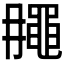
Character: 𪓘